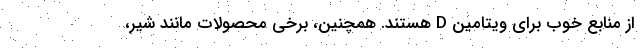
از منابع خوب برای ویتامین D هستند. همچنین، برخی محصولات مانند شیر،